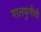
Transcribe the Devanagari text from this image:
गालफुगीची